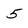
Character: 5